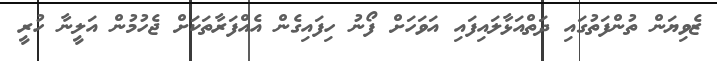
ޒެވިޔަން ތުންފަތުގައި ދަތްއަޅާލައިފައި އަވަހަށް ފޯނު ހިފައިގެން އެއްފަރާތަކަށް ޖެހުމުން އަލީނާ ހުރީ